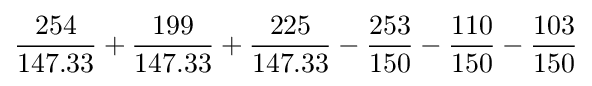
{\frac {\mbox{254}}{\mbox{147.33}}}+{\frac {\mbox{199}}{\mbox{147.33}}}+{\frac {\mbox{225}}{\mbox{147.33}}}-{\frac {\mbox{253}}{\mbox{150}}}-{\frac {\mbox{110}}{\mbox{150}}}-{\frac {\mbox{103}}{\mbox{150}}}